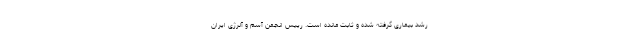
رشد بیماری گرفته شده و ثابت مانده است. رییس انجمن آسم و آلرژی ایران